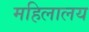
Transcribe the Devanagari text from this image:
महिलालय